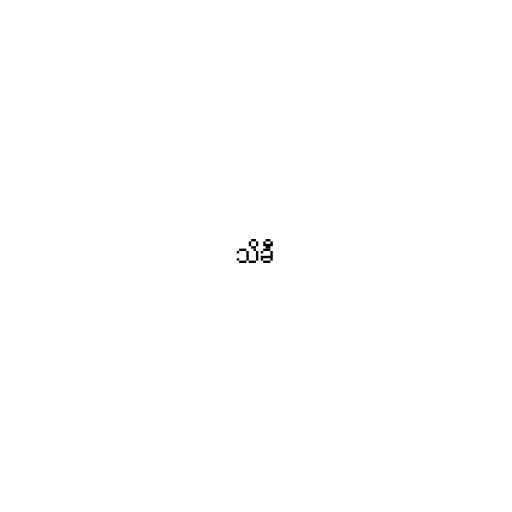
သိခီ